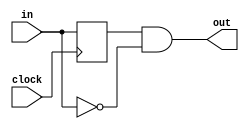
//----------------------------------------
//Auxiliary Modules
//----------------------------------------

//----------------------------------------
//DetectFallingEdge Module
//----------------------------------------
module detectFallEdge(
	input wire 	clock,
	input wire 	in,

	output wire out
	);
	
	reg prevIn;

	always @(posedge clock)
		prevIn <= in;

	assign out = prevIn & ~in;

endmodule


//----------------------------------------
//Synchroniser Module
//----------------------------------------
//The clocks its input signal into an out_temp register, and then clocks the out_temp register signal into its output. It synchronises the input and the output with 2 clock cycles to prevent glitching and metastability.
//----------------------------------------
module synchroniser(
	input wire	clock,
	input wire 	in,

	output reg		out
	);
	
	reg out_temp;

	always @(posedge clock)
		out_temp <= in;

	always @(posedge clock)
		out <= out_temp;

endmodule


//----------------------------------------
//De-bouncer Module
//----------------------------------------
//When the de-bouncer detects an input signal (either 1 or 0), it counts till 30ms before it sends a synchronised input signal to its output.
//----------------------------------------
module debouncer(
	input wire	clock,
	input wire	in,

	output reg 	out
	);

	//A maximum count of 1_500_00 pertains to 30ms
	// localparam countMax = 21'd1_500_000;
	//countMax for ModelSim tests
	localparam countMax = 4'd0;

	reg 	[20:0]count = 4'd1;
	//Register "previous" stores the in_synced value of the previous clock cycle
	wire	in_synced;
	reg 	previous;

	//Synchronise the input
	synchroniser SYNC(
		.clock(clock),
		.in(in),

		.out(in_synced)
		);

	//The previous in_synced is stored in a register
	always @(posedge clock)
		previous <= in_synced;

	//Counter counts to 30ms
	always @(posedge clock)
		// If counter reaches its max value, reset count to 0.
		if (count >= countMax)
			count <= 4'd0;
		// If previous and current in_synced value hasn't changed, counter will start counting
		else if (previous == in_synced)
			count <= count + 4'd1;
		// Otherwise, count will remain at 1
		else
			count <= 4'd1;

	//When count reaches 0, out gets whatever value in_synced has
	always @(*)
		if (in_synced && (count == 0))
			out <= 1;
		else if (~in_synced && (count == 0))
			out <= 0;

endmodule


//----------------------------------------
//Display 2's Complement Number Module
//----------------------------------------
module disp2cNum(
	input wire signed 	[7:0]x,
	input wire 			enable,
	
	output wire			[6:0]disp3,
	output wire			[6:0]disp2,
	output wire			[6:0]disp1,
	output wire			[6:0]disp0
	);
	
	//Generate negative flag 
	wire neg;
	assign neg	= (x < 0);
	//Signed value x is in 2's complement form if it is a negative value. Signed values must be operated on with signed values to procure the intended outcome.
	//If x is negative, convert it from 2's complement to unsigned version of the negative value.
	wire [7:0]ux;
	assign ux = neg ? (-1)*x : x;

	//The modulus 10 of an integer will procure the LSB of the value.
	//Dividing an integer by 10^n will remove the n number of bits from the integer starting from the LSB.
	//In 2's complement notation, if the MSB is 1, the value is negative. If the MSB is 0, the value in positive.
	wire [7:0]digit2 	= ux/100;
	wire [7:0]digit1	= ux/10;
	wire [7:0]digit0	= ux;

	wire enableDigit3;
	wire enableDigit2;
	wire enableDigit1;
	wire enableDigit0;

	wire negDigit3;
	wire negDigit2;
	wire negDigit1;	
	wire negDigit0;

	//"Enable" pins for dispDec() modules
	assign enableDigit3 = enable && (neg && digit2 && digit1 && digit0);
	assign enableDigit2 = enable && ((~neg && digit2 && digit1 && digit0) | (neg && digit1 && digit0));
	assign enableDigit1 = enable && ((~neg && digit1 && digit0) | (neg && digit0));
	assign enableDigit0 = enable;
	
	//"Negative" pins for dispDec() modules
	assign negDigit3 = (neg && digit2 && digit1 && digit0);
	assign negDigit2 = (neg && (digit2 == 0) && digit1 && digit0);
	assign negDigit1 = (neg && (digit2 == 0) && (digit1 == 0) && digit0);
	assign negDigit0 = 0;

	dispDec DD3(
		.x(),
		.neg(negDigit3),
		.enable(enableDigit3),

		.segs(disp3)
		);
	dispDec DD2(
		.x(digit2),
		.neg(negDigit2),
		.enable(enableDigit2),

		.segs(disp2)
		);
	dispDec DD1(
		.x(digit1),
		.neg(negDigit1),
		.enable(enableDigit1),

		.segs(disp1)
		);
	dispDec DD0(
		.x(digit0),
		.neg(negDigit0),
		.enable(enableDigit0),

		.segs(disp0)
		);

endmodule
	
//----------------------------------------
//Display Decimal Number Module
//----------------------------------------
module dispDec(
	input wire 	[7:0]x,
	input wire 	neg,
	input wire 	enable,

	// output 	wire 	[7:0]xOut,
	// output	wire 	enableOut,
	output wire [6:0]segs
	);
	
	//Enable next dispDec module connected in series if x is more than 10
	// assign enableOut 	= (x/10 != 0);
	// assign xOut			= x/10;
	
	wire [3:0]digit 	= x%10;

	SSeg SS(.bin(digit),
		.neg(neg),
		.enable(enable),
		.segs(segs)
		);

endmodule


//----------------------------------------
//Display Hexadecimal Number Module
//----------------------------------------
module dispHex(
	input wire 	[7:0]x,
	input wire	enable,

	output wire	[6:0]disp1,
	output wire	[6:0]disp0
	);

	wire [3:0]digit1 	= x[7:4];
	wire [3:0]digit0 	= x[3:0];
	wire neg 			= 1'b0;

	SSeg SS1(
		.bin(digit1),
		.neg(neg),
		.enable(enable),

		.segs(disp1)
		);
	SSeg SS0(
		.bin(digit0),
		.neg(neg),
		.enable(enable),

		.segs(disp0)
		);
	
endmodule


//----------------------------------------
//Seven Segment Display Module
//----------------------------------------
module SSeg(
	input wire	[3:0]bin,
	input wire	neg,
	input wire	enable,

	output reg 	[6:0]segs
	); 

	always @(*)
	begin
		if (enable == 1)
		begin
			if (neg == 1) 
				segs = 7'b011_1111;
			else
				case (bin)
					0: 	segs = 7'b100_0000;
					1: 	segs = 7'b111_1001;
					2: 	segs = 7'b010_0100;
					3: 	segs = 7'b011_0000;
					4: 	segs = 7'b001_1001;
					5: 	segs = 7'b001_0010;
					6: 	segs = 7'b000_0010;
					7: 	segs = 7'b111_1000;
					8: 	segs = 7'b000_0000;
					9: 	segs = 7'b001_1000;
					10: segs = 7'b000_1000;
					11: segs = 7'b000_0011;
					12: segs = 7'b100_0110;
					13: segs = 7'b010_0001;
					14: segs = 7'b000_0110;
					15: segs = 7'b000_1110;
				endcase
		end
		else
		begin
			segs = 7'b111_1111;
		end
	end

endmodule